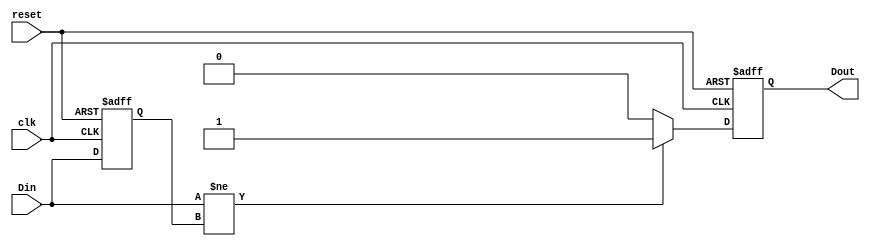
module differential_edge_detector (
    input wire clk,       // Clock signal
    input wire reset,     // Active-high reset signal
    input wire Din,       // Input signal to be monitored
    output reg Dout       // Output signal indicating edge detection
);

    // Memory block to hold previous state of input signal
    reg previous_state;

    // Edge detection process
    always @(posedge clk or posedge reset) begin
        if (reset) begin
            // Initialize the memory block to known state
            previous_state <= 1'b0;
            Dout <= 1'b0;  // Reset output signal
        end else begin
            // Compare current input with previous state
            if (Din != previous_state) begin
                // An edge is detected
                Dout <= 1'b1; // Set Dout high on edge detection
            end else begin
                // No edge detected, set Dout low
                Dout <= 1'b0;
            end
            
            // Update previous state with current input signal
            previous_state <= Din;
        end
    end

endmodule